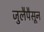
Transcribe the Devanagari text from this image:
जुलैपैसून